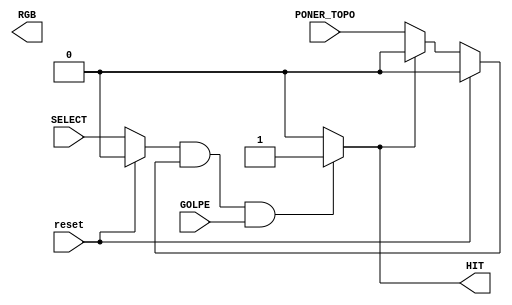
module CELDA_TOPO(

	input reset,
	input wire PONER_TOPO,
	input wire GOLPE,
	input wire SELECT,
	output wire HIT,
	output wire [2:0] RGB
	);

	wire TOPO;
	wire SELECTED;
	wire oHIT;
	assign TOPO = (reset)? 0 : (HIT)? 0: PONER_TOPO;
	assign SELECTED = (reset)? 0 : SELECT;

	// Si no esta seleccionado y no es topo, esta verde. Si no, si esta seleccionado es amarillo y si no esta seleccionado es topo.
	assign RBG = (!SELECTED && !TOPO)? 3'b010: (SELECTED)? 3'b110: 3'b001;
								    // (GREEN)			  (YELLOW) (BLUE)
	assign HIT = (SELECTED && TOPO && GOLPE)? 1 : 0;

endmodule